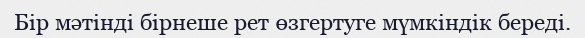
Бір мәтінді бірнеше рет өзгертуге мүмкіндік береді.